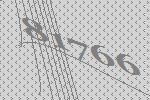
81766